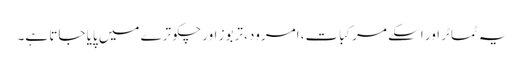
یہ ٹماٹر اور اسکے مرکبات، امرود، تربوز اور چکوترے میں پایا جاتا ہے۔